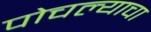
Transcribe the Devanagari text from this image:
पोचल्याचा